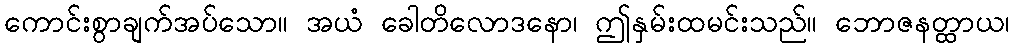
ကောင်းစွာချက်အပ်သော။ အယံ ခေါတိလောဒနော၊ ဤနှမ်းထမင်းသည်။ ဘောဇနတ္ထာယ၊